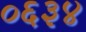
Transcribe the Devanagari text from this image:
०६३४